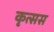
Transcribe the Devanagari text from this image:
कृत्सस